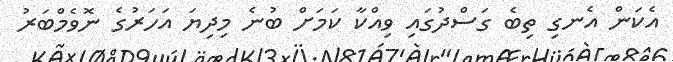
އެކަން އެނގި ތިބެ ގަސްދުގައި ވިއްކާ ކަމަށް ބުނެ މިދިޔަ އަހަރުގެ ނޮވެމްބަރު